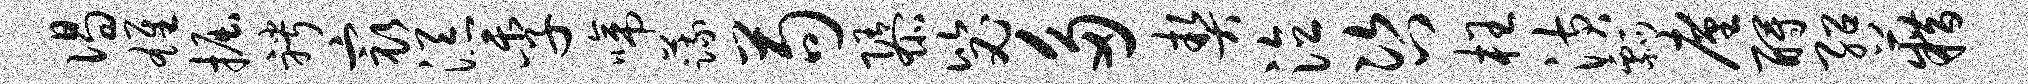
偈雄掘聘最添季啼蔬苟隳毖多契泣咨枉潢瓢廑酹绍籍